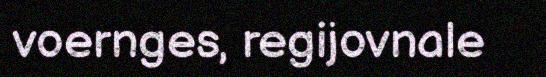
voernges, regijovnale